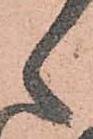
之